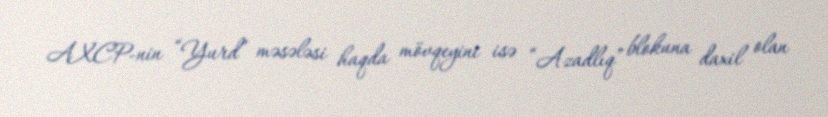
AXCP-nin “Yurd” məsələsi haqda mövqeyini isə “Azadlıq” blokuna daxil olan